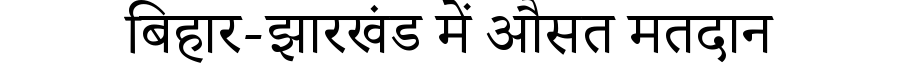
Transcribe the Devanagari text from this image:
बिहार-झारखंड में औसत मतदान